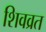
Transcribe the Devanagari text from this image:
शिवव्रत